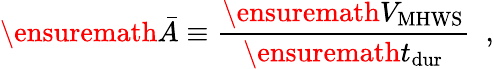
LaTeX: \ensuremath{\bar{A}}\equiv\frac{\ensuremath{V_{\mathrm{MHWS}}}}{\ensuremath{t_{\mathrm{dur}}}}\; \; ,